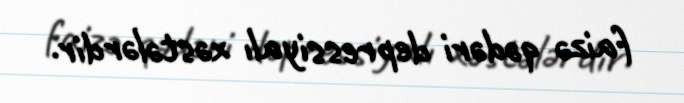
faizə qədəri depressiyalı xəstələrdir.